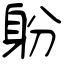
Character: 躮